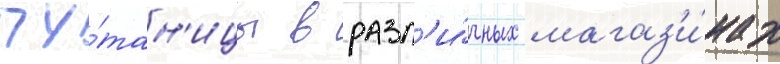
пу́тан'ицы в разл'и́чных магаз'и́нах